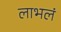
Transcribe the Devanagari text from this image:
लाभलं